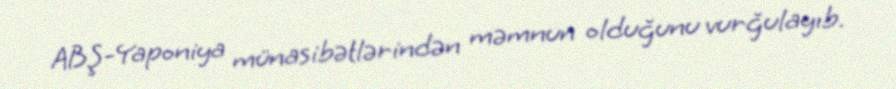
ABŞ-Yaponiya münasibətlərindən məmnun olduğunu vurğulayıb.